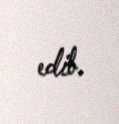
edib.